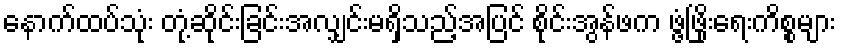
နောက်ထပ်သုံး တုံ့ဆိုင်းခြင်းအလျှင်းမရှိသည့်အပြင် စိုင်းအွန်ဖက ဖွံ့ဖြိုးရေးကိစ္စများ